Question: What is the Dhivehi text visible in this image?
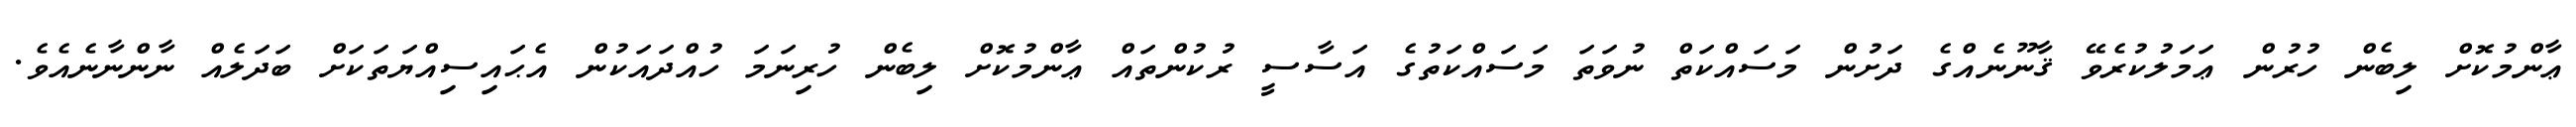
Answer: ޢާންމުކޮށް ލިބެން ހުރުން ޢަމަލުކުރެވޭ ޤާނޫނެއްގެ ދަށުން މަސައްކަތް ނުވަތަ މަސައްކަތުގެ އަސާސީ ރުކުންތައް ޢާންމުކޮށް ލިބެން ހުރިނަމަ ހުއްދައަކުން އެޙައިސިއްޔަތަކަށް ބަދަލެއް ނާންނާނެއެވެ.